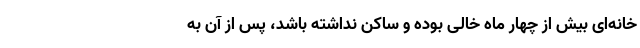
خانه‌ای بیش از چهار ماه خالی بوده و ساکن نداشته باشد، پس از آن به